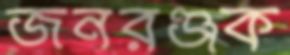
জনরঞ্জক